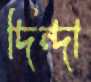
দিন্দা